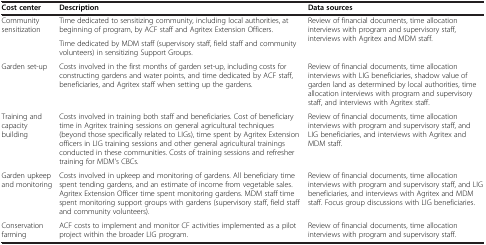
| Cost center | Description | Data sources |
 | --- | --- | --- |
 | <ROWSPAN=2> Community sensitization | Time dedicated to sensitizing community, including local authorities, at beginning of program, by ACF staff and Agritex Extension Officers. | <ROWSPAN=2> Review of financial documents, time allocation interviews with program and supervisory staff, interviews with Agritex and MDM staff. |
 | Time dedicated by MDM staff (supervisory staff, field staff and community volunteers) in sensitizing Support Groups. |
 | Garden set-up | Costs involved in the first months of garden set-up, including costs for constructing gardens and water points, and time dedicated by ACF staff, beneficiaries, and Agritex staff when setting up the gardens. | Review of financial documents, time allocation interviews with LIG beneficiaries, shadow value of garden land as determined by local authorities, time allocation interviews with program and supervisory staff, and interviews with Agritex staff. |
 | Training and capacity building | Costs involved in training both staff and beneficiaries. Cost of beneficiary time in Agritex training sessions on general agricultural techniques (beyond those specifically related to LIGs), time spent by Agritex Extension officers in LIG training sessions and other general agricultural trainings conducted in these communities. Costs of training sessions and refresher training for MDM's CBCs. | Review of financial documents, time allocation interviews with program and supervisory staff, and LIG beneficiaries, and interviews with Agritex and MDM staff. |
 | Garden upkeep and monitoring | Costs involved in upkeep and monitoring of gardens. All beneficiary time spent tending gardens, and an estimate of income from vegetable sales. Agritex Extension Officer time spent monitoring gardens. MDM staff time spent monitoring support groups with gardens (supervisory staff, field staff and community volunteers). | Review of financial documents, time allocation interviews with program and supervisory staff, and LIG beneficiaries, and interviews with Agritex and MDM staff. Focus group discussions with LIG beneficiaries. |
 | Conservation farming | ACF costs to implement and monitor CF activities implemented as a pilot project within the broader LIG program. | Review of financial documents, time allocation interviews with program and supervisory staff. |